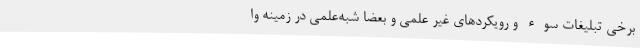
برخی تبلیغات سوء و رویکردهای غیر علمی و بعضا شبه‌علمی در زمینه وا